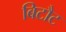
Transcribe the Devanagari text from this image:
बिटौट